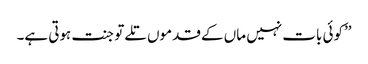
’’کوئی بات نہیں ماں کے قدموں تلے تو جنت ہوتی ہے۔